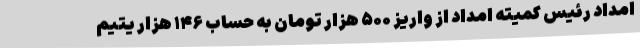
امداد رئیس کمیته امداد از واریز ۵۰۰ هزار تومان به حساب ۱۴۶ هزار یتیم